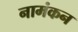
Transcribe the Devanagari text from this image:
नामंकन